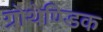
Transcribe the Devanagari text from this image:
ग्रोथेण्डिक